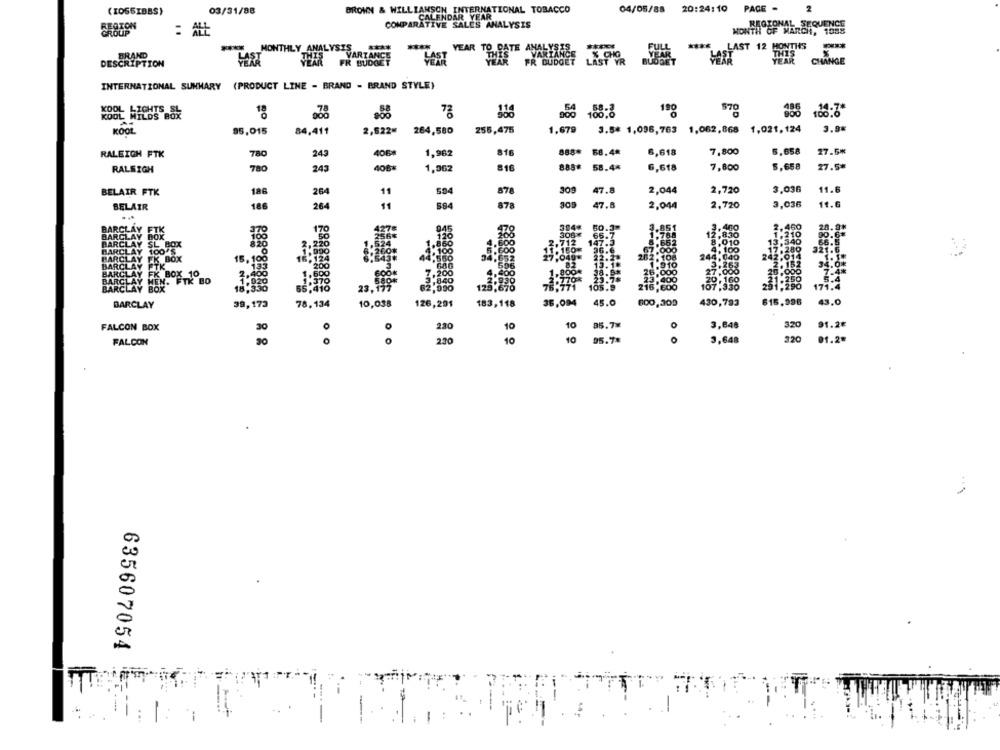
2
03/31/88
BROWN & WILLIAMSON INTERNATIONAL TOBACCO
CALENDAR YEAR
04/05/88 20:24:10 PAGE -
REGIONAL SEQUENCE
REGION
GROUP
COMPARATIVE SALES ANALYSIS
MONTH OF MARCH, 1085
MONTHLY ANALYSIS
****
-**
YEAR TO PATE A
**** LAST 1
BRAND
FR BUDGET
VARTANCE
CAST
DESCRIPTION
INTERNATIONAL SUMMARY (PRODUCT LINE - BRAND - BRAND STYLE)
KOOL LIGHTS SL
18
72
056 188:8
190
570
385
KOOL WILDS BOX
3.9%
KOOL
95,015
84,411
2,622.
264,580
255,475
1,679
3.5* 1,096,763 1,062,868 1,021,124
816
888*
7,800
5,658
27.6*
RALEIGH FTK
780
245
406#
1,962
68.4*
6,618
816
888.
5,658
27.5*
RALEIGH
780
243
408+
1,362
58.4*
6,618
7,800
3,036
11.6
BELAIR FTK
186
264
11
554
878
309
47.8
2,044
2,720
309
3,036
11.6
BELAIR
186
264
11
584
878
47.8
2,044
2,720
304*
60.3.
1.851
2.400
2.460
28.9.
170
427
845
308¥
65.7
2,830
1.210
00.6*
.524
256%
110
200
2.712
147.3
8.010
13.340
66.5
820
220
1.860
1. 150
36.6
17.280
321.6
15, 100
.124
4.550
. 100
7.049.
22.23
244,040
4,100
247.014
1. 15
13.18
2. 152
34.0%
33
200
680
1.8004
27,000
3.263
20 .000
1.600
7,200
2.83
1.250
5.4
TK BO
370
52,000
3.840
128 610
16.771
105.9
216 EDO
107,330
2.160
291.290
171.4
23.17
615,996
BARCLAY
39,173
78,134
10,038
126,291
183,118
36,094
45.0
600,309
430,793
43,0
320
91.2€
FALCON BOX
30
O
220
10
10
85.7x
3,848
320
01.2#
FALCON
O
230
10
10
95.7*
3,648
635607054